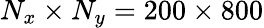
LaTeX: N_{x}\times N_{y}=200\times 800